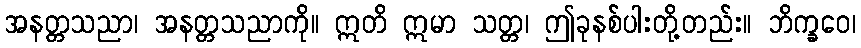
အနတ္တသညာ၊ အနတ္တသညာကို။ ဣတိ ဣမာ သတ္တ၊ ဤခုနစ်ပါးတို့တည်း။ ဘိက္ခဝေ၊